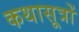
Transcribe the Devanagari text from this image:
कथासूत्रों